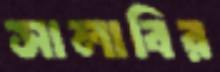
সালাবির